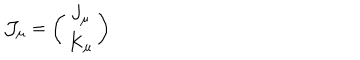
{ \cal J } _ { \mu } = \left( \begin{array} { c } { { J _ { \mu } } } \\ { { K _ { \mu } } } \\ \end{array} \right)